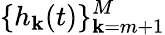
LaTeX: \{ h_{\mathbf{k}}(t)\} _{\mathbf{k}=m+1}^{M}